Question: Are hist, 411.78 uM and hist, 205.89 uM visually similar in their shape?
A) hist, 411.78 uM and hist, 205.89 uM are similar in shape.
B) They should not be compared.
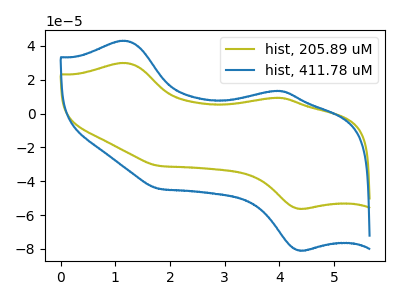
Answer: <think>The olive curve "hist, 205.89 uM" has anodic peaks at (1.20V, 29.95uA) (4.00V, 9.35uA) and cathodic peaks at (4.40V, -56.25uA) (1.80V, -30.90uA). The blue curve "hist, 411.78 uM" has anodic peaks at (1.20V, 43.10uA) (4.00V, 13.45uA) and cathodic peaks at (4.40V, -80.90uA) (1.80V, -44.45uA).
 All the peaks in "hist, 411.78 uM" have a peak in "hist, 205.89 uM" at the same potential. Every peak in "hist, 411.78 uM" is higher than every peak in "hist, 205.89 uM".</think>
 <answer>A) "hist, 411.78 uM" and "hist, 205.89 uM" are similar in shape.</answer>
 <eval>A</eval>